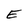
Character: E